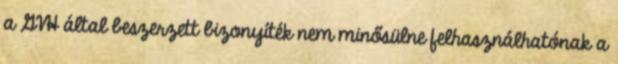
a GVH által beszerzett bizonyíték nem minősülne felhasználhatónak a